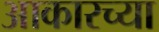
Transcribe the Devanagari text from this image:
आकारच्या